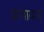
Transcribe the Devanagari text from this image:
प्राणायाम्